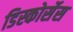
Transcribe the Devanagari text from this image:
डिस्कोर्सेस